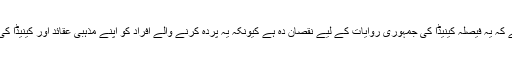
کینیڈین مسلم کونسل کے رہنما احسان گاردی کا کہنا ہے کہ یہ فیصلہ کینیڈا کی جمہوری روایات کے لیے نقصان دہ ہے کیونکہ یہ پردہ کرنے والے افراد کو اپنے مذہبی عقائد اور کینیڈا کی شہریت کے درمیان فیصلہ کرنے پر مجبور کرتا ہے۔